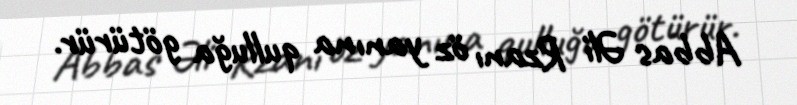
Abbas Əli Rzanı öz yanına qulluğa götürür.